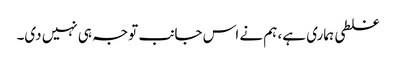
غلطی ہماری ہے، ہم نے اس جانب توجہ ہی نہیں دی۔